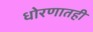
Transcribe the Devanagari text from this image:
धोरणातही